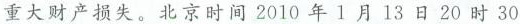
材料-